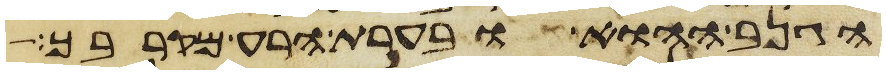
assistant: הגנב ההוא ובערת הרע מקרבך